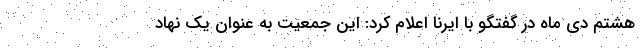
هشتم دی ماه در گفتگو با ایرنا اعلام کرد: این جمعیت به عنوان یک نهاد